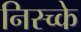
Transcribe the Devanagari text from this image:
निस्च्के